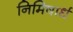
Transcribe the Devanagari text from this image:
निमिषार्ध